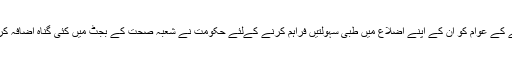
بلوچستان کی حکومت کا کہنا ہے کہ صوبے کے عوام کو ان کے اپنے اضلاع میں طبی سہولتیں فراہم کرنے کےلئے حکومت نے شعبہ صحت کے بجٹ میں کئی گناہ اضافہ کر کے 35 ارب روپے مختص کر دئیے ہیں۔